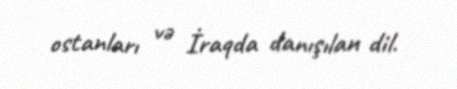
ostanları və İraqda danışılan dil.